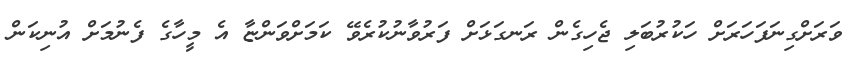
ވަރަށްގިނަފަހަރަށް ހަކުރުބަލި ޖެހިގެން ރަނގަޅަށް ފަރުވާނުކުރެވޭ ކަމަށްވަންޏާ އެ މީހާގެ ފެނުމަށް އުނިކަން